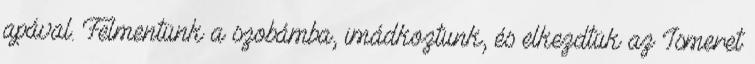
apával. Felmentünk a szobámba, imádkoztunk, és elkezdtük az Ismeret